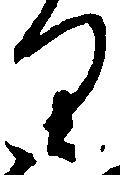
り